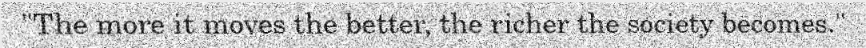
"The more it moves the better, the richer the society becomes."